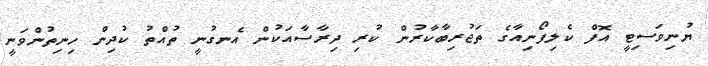
ޔުނިވަސިޓީ އޮފް ކެލިފޯނިއާގެ ތަޖުރިބާކާރުން ކުރި ދިރާސާއަކުން އެނގުނީ ތުއްތު ކުދިން ހިނިތުންވަނީ